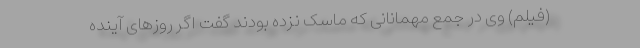
(فیلم) وی در جمع مهمانانی که ماسک نزده بودند گفت اگر روزهای آینده